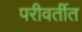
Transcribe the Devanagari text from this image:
परीवर्तीत